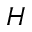
H